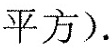
平方).